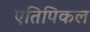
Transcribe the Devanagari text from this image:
एतिपिकल